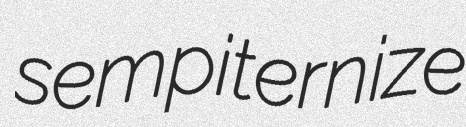
sempiternize